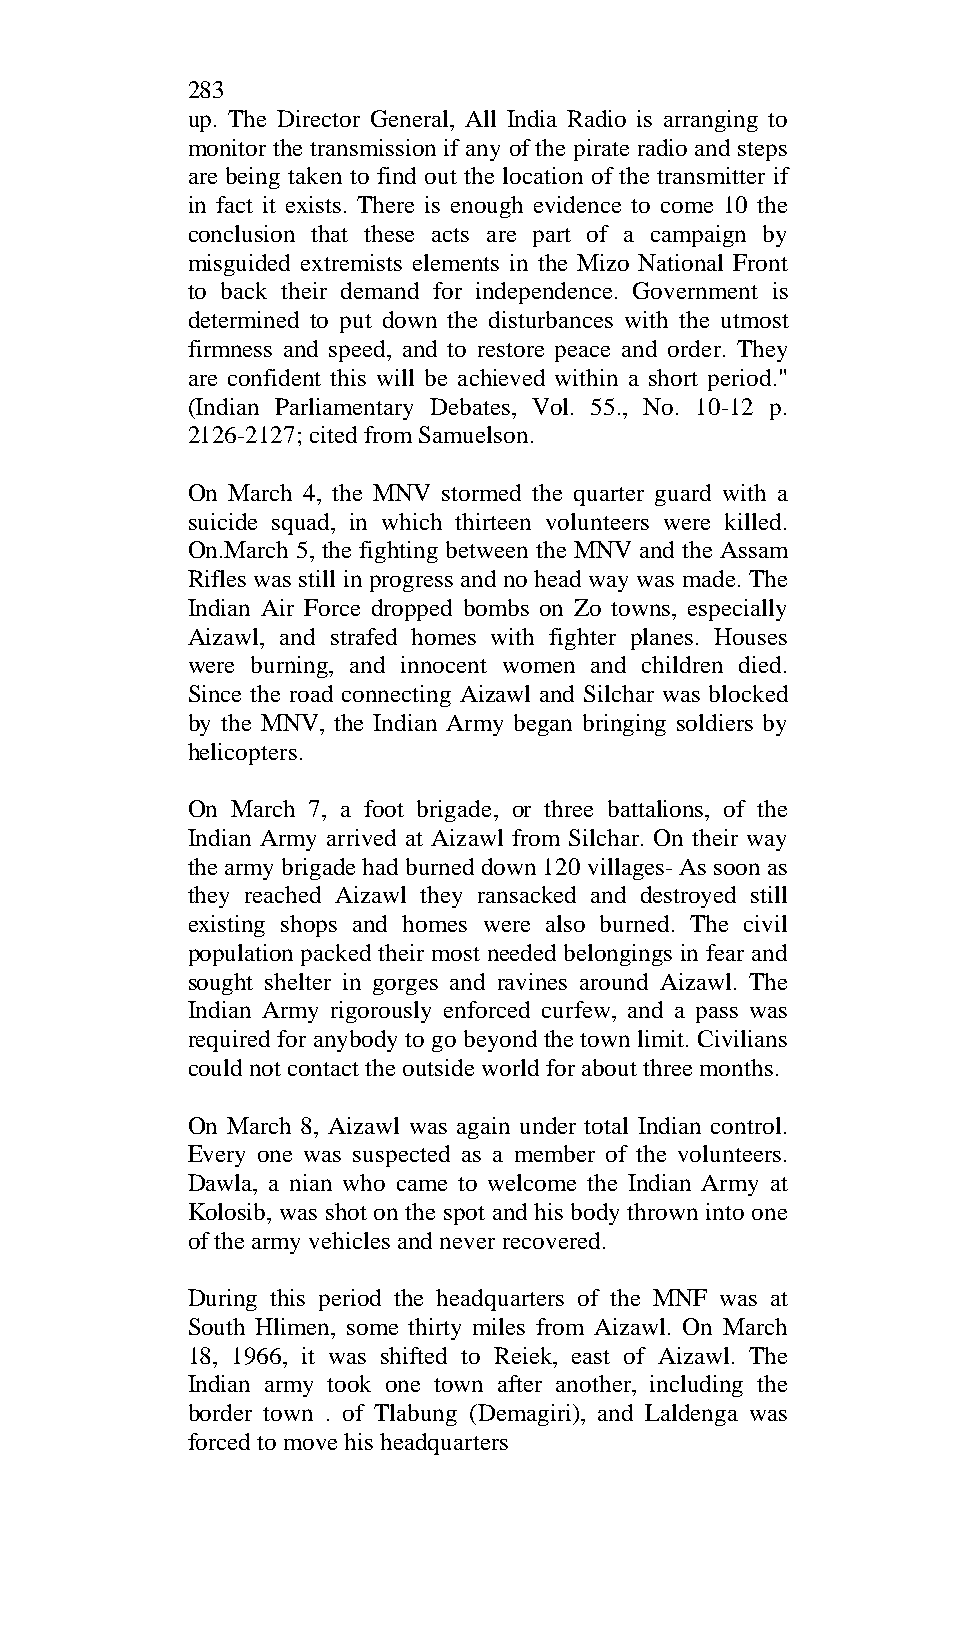
283
 up. The Director General, All India Radio is arranging to
 monitor the transmission if any of the pirate radio and steps
 are being taken to find out the location of the transmitter if
 in fact it exists. There is enough evidence to come 10 the
 conclusion that these acts are part of a campaign by
 misguided extremists elements in the Mizo National Front
 to back their demand for independence. Government is
 determined to put down the disturbances with the utmost
 firmness and speed, and to restore peace and order. They
 are confident this will be achieved within a short period."
 (Indian Parliamentary Debates, Vol. 55., No. 10-12 p.
 2126-2127; cited from Samuelson.
 On March 4, the MNV stormed the quarter guard with a
 suicide squad, in which thirteen volunteers were killed.
 On.March 5, the fighting between the MNV and the Assam
 Rifles was still in progress and no head way was made. The
 Indian Air Force dropped bombs on Zo towns, especially
 Aizawl, and strafed homes with fighter planes. Houses
 were burning, and innocent women and children died.
 Since the road connecting Aizawl and Silchar was blocked
 by the MNV, the Indian Army began bringing soldiers by
 helicopters.
 On March 7, a foot brigade, or three battalions, of the
 Indian Army arrived at Aizawl from Silchar. On their way
 the army brigade had burned down 120 villages- As soon as
 they reached Aizawl they ransacked and destroyed still
 existing shops and homes were also burned. The civil
 population packed their most needed belongings in fear and
 sought shelter in gorges and ravines around Aizawl. The
 Indian Army rigorously enforced curfew, and a pass was
 required for anybody to go beyond the town limit. Civilians
 could not contact the outside world for about three months.
 On March 8, Aizawl was again under total Indian control.
 Every one was suspected as a member of the volunteers.
 Dawla, a nian who came to welcome the Indian Army at
 Kolosib, was shot on the spot and his body thrown into one
 of the army vehicles and never recovered.
 During this period the headquarters of the MNF was at
 South Hlimen, some thirty miles from Aizawl. On March
 18, 1966, it was shifted to Reiek, east of Aizawl. The
 Indian army took one town after another, including the
 border town . of Tlabung (Demagiri), and Laldenga was
 forced to move his headquarters